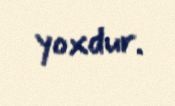
yoxdur.